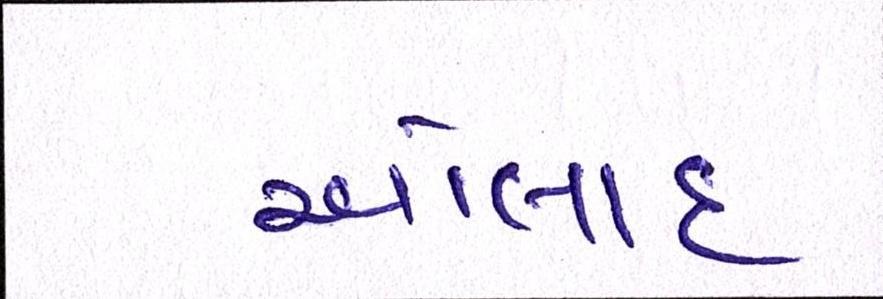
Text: ઓલાદ